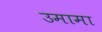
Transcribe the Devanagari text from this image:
उमामा